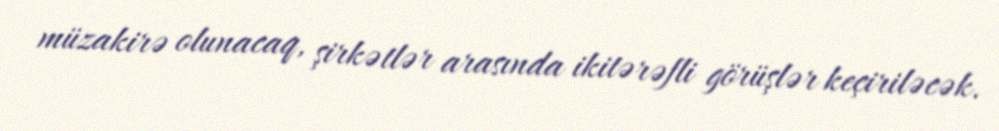
müzakirə olunacaq, şirkətlər arasında ikitərəfli görüşlər keçiriləcək.